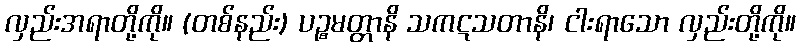
လှည်းအရာတို့ကို။ (တစ်နည်း) ပဉ္စမတ္တာနိ သကဋသတာနိ၊ ငါးရာသော လှည်းတို့ကို။